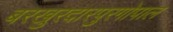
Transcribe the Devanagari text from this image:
बरखुरदारपुरगोपाल